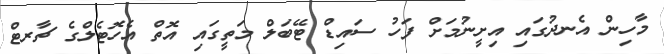
މާހިން އެނދުގައި އިށީނުމަށް ފަހު ސައިޑް ޓޭބަލް މަތީގައި އޮތް އެހޮޓެލްގެ ޗާރޓް